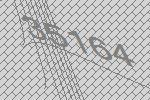
35164